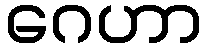
ဂေဟာ